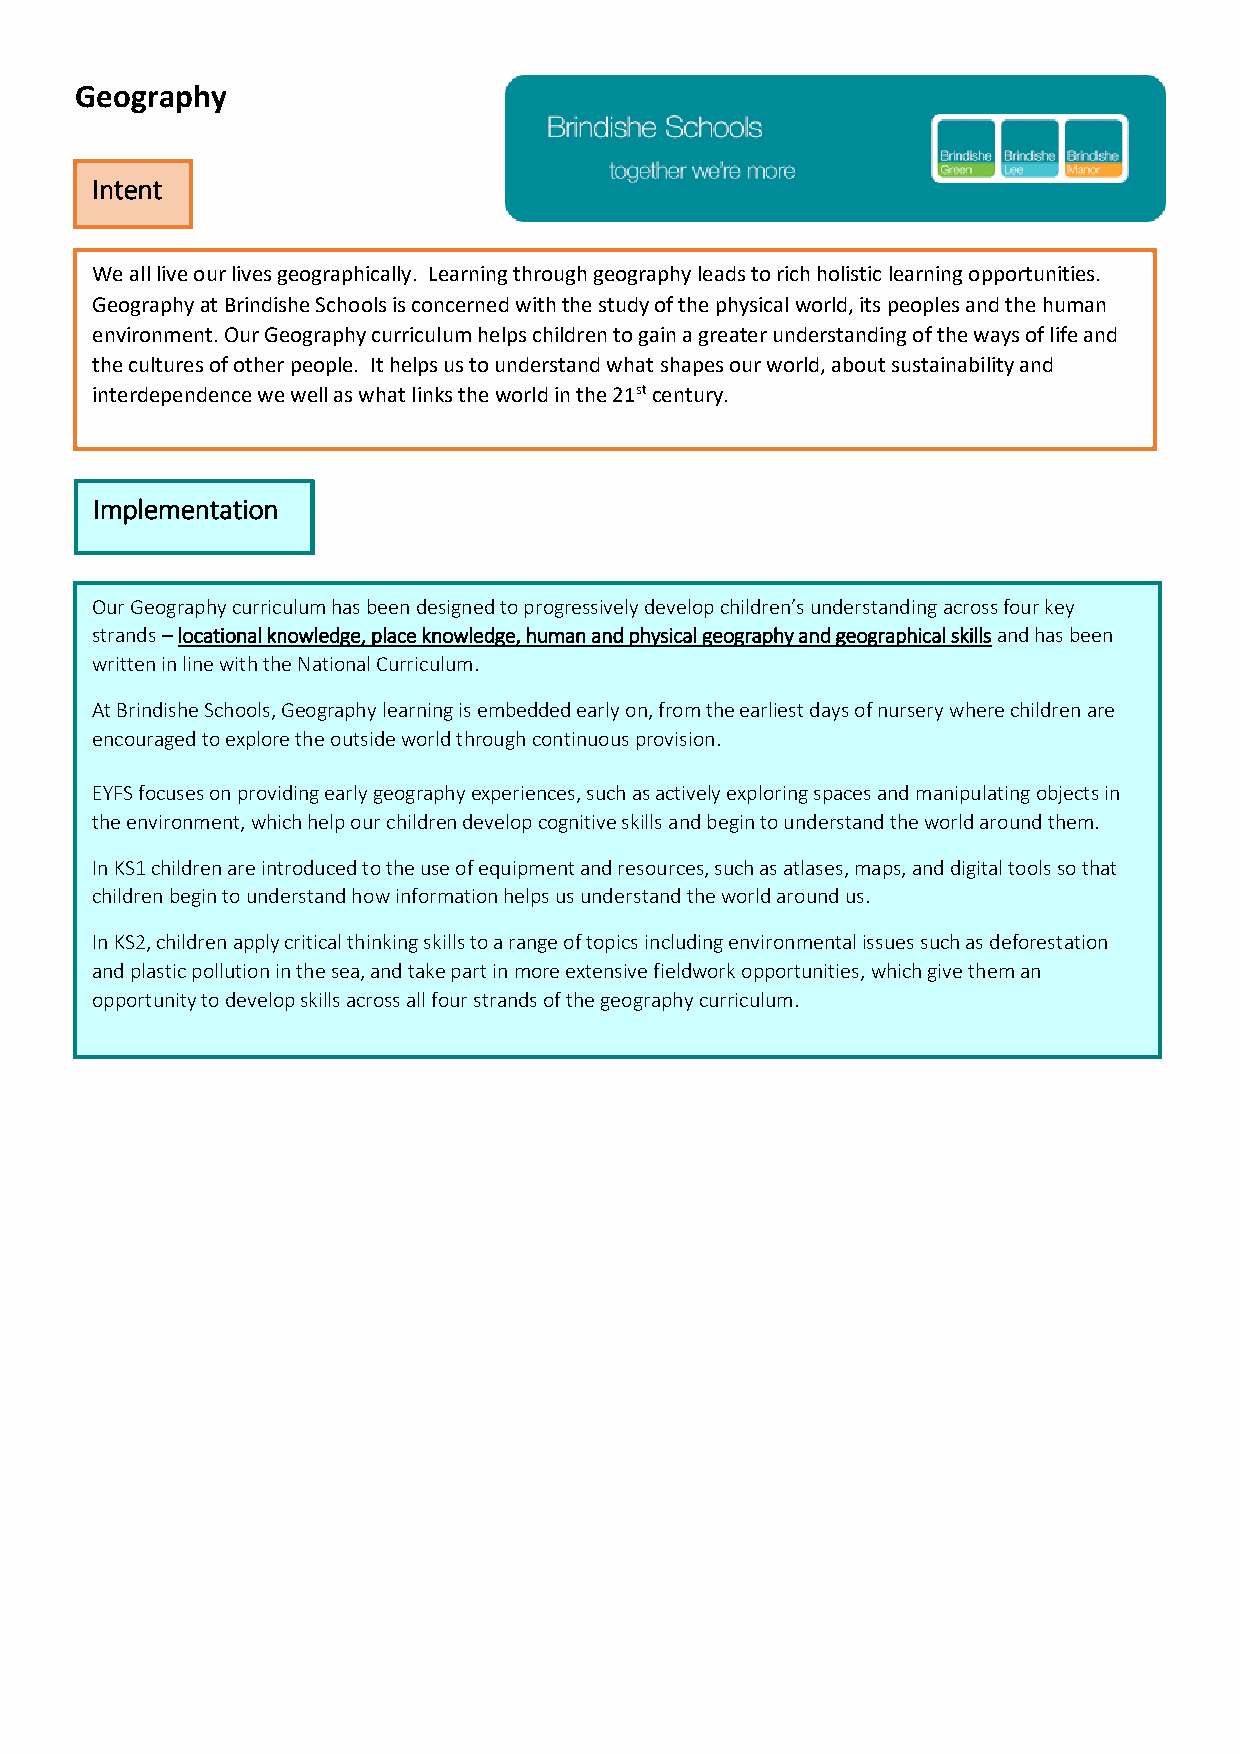
Geography
 Intent
 We all live our lives geographically. Learning through geography leads to rich holistic learning opportunities.
 Geography at Brindishe Schools is concerned with the study of the physical world, its peoples and the human
 environment. Our Geography curriculum helps children to gain a greater understanding of the ways of life and
 the cultures of other people. It helps us to understand what shapes our world, about sustainability and
 interdependence we well as what links the world in the 21st century.
 Implementation
 Our Geography curriculum has been designed to progressively develop children’s understanding across four key
 strands – locational knowledge, place knowledge, human and physical geography and geographical skills and has been
 written in line with the National Curriculum.
 At Brindishe Schools, Geography learning is embedded early on, from the earliest days of nursery where children are
 encouraged to explore the outside world through continuous provision.
 EYFS focuses on providing early geography experiences, such as actively exploring spaces and manipulating objects in
 the environment, which help our children develop cognitive skills and begin to understand the world around them.
 In KS1 children are introduced to the use of equipment and resources, such as atlases, maps, and digital tools so that
 children begin to understand how information helps us understand the world around us.
 In KS2, children apply critical thinking skills to a range of topics including environmental issues such as deforestation
 and plastic pollution in the sea, and take part in more extensive fieldwork opportunities, which give them an
 opportunity to develop skills across all four strands of the geography curriculum.